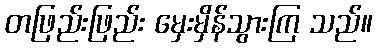
တဖြည်းဖြည်း မှေးမှိန်သွားကြ သည်။